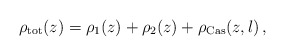
\begin{align*}\rho _{\rm tot} (z)=\rho _1 (z)+\rho _2(z) +\rho _{\rm Cas}(z,l)\, ,\end{align*}